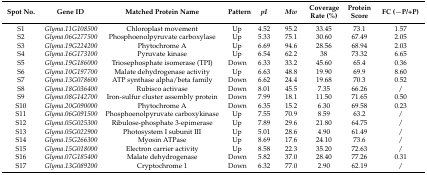
<table><thead><tr><td><b>Spot No.</b></td><td><b>Gene ID</b></td><td><b>Matched Protein Name</b></td><td><b>Pattern</b></td><td><b><i>pI</i></b></td><td><b><i>Mw</i></b></td><td><b>Coverage Rate (%)</b></td><td><b>Protein Score</b></td><td><b>FC (−P/+P)</b></td></tr></thead><tbody><tr><td>S1</td><td><i>Glyma.11G108500</i></td><td>Chloroplast movement</td><td>Up</td><td>4.52</td><td>95.2</td><td>33.45</td><td>73.1</td><td>1.57</td></tr><tr><td>S2</td><td><i>Glyma.06G277500</i></td><td>Phosphoenolpyruvate carboxylase</td><td>Up</td><td>5.33</td><td>75.1</td><td>30.60</td><td>67.49</td><td>2.05</td></tr><tr><td>S3</td><td><i>Glyma.19G224200</i></td><td>Phytochrome A</td><td>Up</td><td>6.69</td><td>94.6</td><td>28.56</td><td>68.94</td><td>2.03</td></tr><tr><td>S4</td><td><i>Glyma.16G173100</i></td><td>Pyruvate kinase</td><td>Up</td><td>6.54</td><td>62.2</td><td>38</td><td>73.32</td><td>6.65</td></tr><tr><td>S5</td><td><i>Glyma.19G186000</i></td><td>Triosephosphate isomerase (TPI)</td><td>Down</td><td>6.33</td><td>33.2</td><td>45.60</td><td>65.4</td><td>0.36</td></tr><tr><td>S6</td><td><i>Glyma.10G197700</i></td><td>Malate dehydrogenase activity</td><td>Up</td><td>6.63</td><td>48.8</td><td>19.90</td><td>69.9</td><td>8.60</td></tr><tr><td>S7</td><td><i>Glyma.13G078600</i></td><td>ATP synthase alpha/beta family</td><td>Down</td><td>6.62</td><td>24.4</td><td>19.68</td><td>70.3</td><td>0.52</td></tr><tr><td>S8</td><td><i>Glyma.18G036400</i></td><td>Rubisco activase</td><td>Down</td><td>8.01</td><td>45.5</td><td>7.35</td><td>66.26</td><td>/</td></tr><tr><td>S9</td><td><i>Glyma.08G142700</i></td><td>Iron-sulfur cluster assembly protein</td><td>Down</td><td>7.99</td><td>18.1</td><td>11.50</td><td>71.65</td><td>0.50</td></tr><tr><td>S10</td><td><i>Glyma.20G090000</i></td><td>Phytochrome A</td><td>Down</td><td>6.35</td><td>15.2</td><td>6.30</td><td>69.58</td><td>0.23</td></tr><tr><td>S11</td><td><i>Glyma.06G091500</i></td><td>Phosphoenolpyruvate carboxykinase</td><td>Up</td><td>7.55</td><td>70.9</td><td>8.59</td><td>63.2</td><td>/</td></tr><tr><td>S12</td><td><i>Glyma.05G025300</i></td><td>Ribulose-phosphate 3-epimerase</td><td>Up</td><td>7.89</td><td>29.6</td><td>21.80</td><td>64.75</td><td>/</td></tr><tr><td>S13</td><td><i>Glyma.05G022900</i></td><td>Photosystem I subunit III</td><td>Up</td><td>5.01</td><td>28.6</td><td>4.90</td><td>61.49</td><td>/</td></tr><tr><td>S14</td><td><i>Glyma.15G266300</i></td><td>Myosin ATPase</td><td>Up</td><td>8.69</td><td>17.6</td><td>24.10</td><td>73.6</td><td>/</td></tr><tr><td>S15</td><td><i>Glyma.15G018000</i></td><td>Electron carrier activity</td><td>Up</td><td>8.58</td><td>22.3</td><td>35.20</td><td>72.63</td><td>/</td></tr><tr><td>S16</td><td><i>Glyma.07G185400</i></td><td>Malate dehydrogenase </td><td>Down</td><td>5.82</td><td>37.0</td><td>28.40</td><td>77.26</td><td>0.31</td></tr><tr><td>S17</td><td><i>Glyma.13G089200</i></td><td>Cryptochrome 1</td><td>Down</td><td>6.32</td><td>77.0</td><td>2.90</td><td>62.19</td><td>/</td></tr></tbody></table>